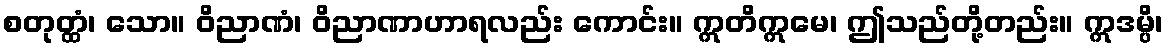
စတုတ္ထံ၊ သော။ ဝိညာဏံ၊ ဝိညာဏာဟာရလည်း ကောင်း။ ဣတိဣမေ၊ ဤသည်တို့တည်း။ ဣဒမ္ပိ၊